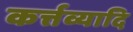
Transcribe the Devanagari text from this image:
कर्त्तव्यादि